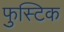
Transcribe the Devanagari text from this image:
फुस्टिक